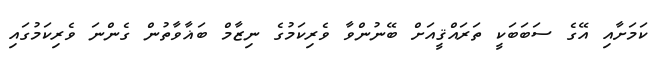
ކަމަށާއި އޭގެ ސަބަބަކީ ތަރައްޤީއަށް ބޭނުންވާ ވެރިކަމުގެ ނިޒާމް ބަޣާވާތުން ގެންނަ ވެރިކަމުގައި